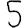
Digit: 5